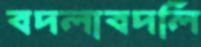
বদলাবদলি